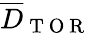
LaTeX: \overline{{D}}_{\mathrm{~T~O~R~}}